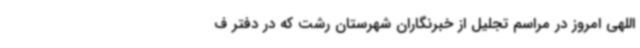
‌اللهی امروز در مراسم تجلیل از خبرنگاران شهرستان رشت که در دفتر ف